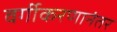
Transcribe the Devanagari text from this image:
वर्गीकरणानंतर